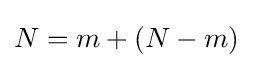
N=m+(N-m)